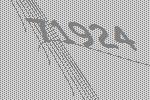
71924